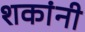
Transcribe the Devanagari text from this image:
शकांनी